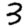
Digit: 3